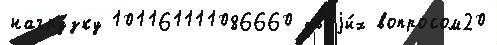
нагру́зку 101161111086660 двоjи́х вопросом20